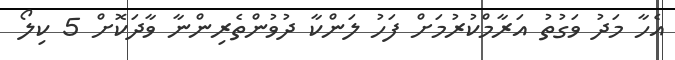
އެހާ މަދު ވަގުތު އަރާމްކުރުމަށް ފަހު ލަންކާ ދުވުންތެރިންނާ ވާދަކޮށް 5 ކިލޯ